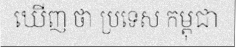
ឃើញ ថា ប្រទេស កម្ពុជា